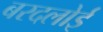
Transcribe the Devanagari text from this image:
बरदलोई